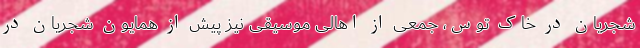
شجریان در خاک توس، جمعی از اهالی موسیقی نیز پیش از همایون شجریان در